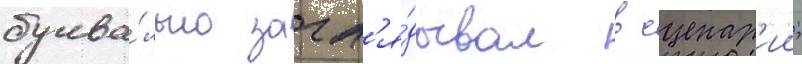
буква́льно загл'я́дывал в сценар'ии;